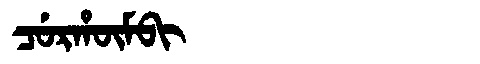
Manchu: ᠴᡠᡵᡥᡡᠮᠪᡳ
Romanization: CURHŪMBI